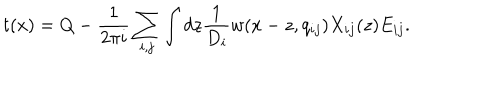
LaTeX: t ( x ) = Q - \frac { 1 } { 2 \pi i } \sum _ { i , j } \int d z \frac { 1 } { D _ { i } } w ( x - z , q _ { i j } ) X _ { i j } ( z ) E _ { i j } . \nonumber